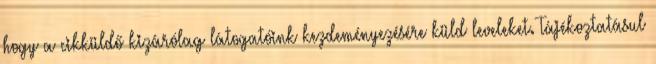
hogy a cikküldő kizárólag látogatóink kezdeményezésére küld leveleket. Tájékoztatásul